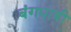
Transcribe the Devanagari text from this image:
बंगधाबी